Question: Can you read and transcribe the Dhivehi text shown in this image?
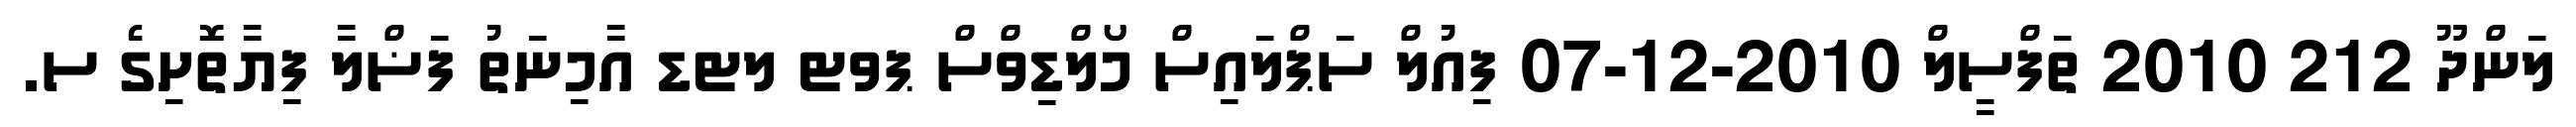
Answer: ލަންދޫ 212 2010 ތަފްސީލް 2010-12-07 ފިއުލް ސަޕްލައިސް މޯލްޑިވްސް ޕވޓ ލޓޑ އާމިނަތު ފަޟްލާ ފިޔާތޮށިގެ ސ.